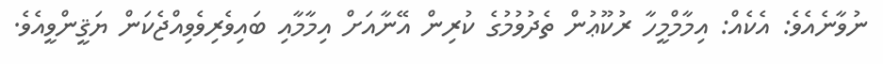
ނުވާނެއެވެ: އެކެއް: އިމާމްމީހާ ރުކޫޢުން ތެދުވުމުގެ ކުރިން އޭނާއަށް އިމާމާއި ބައިވެރިވެވިއްޖެކަން ޔަޤީންވީއެވެ.